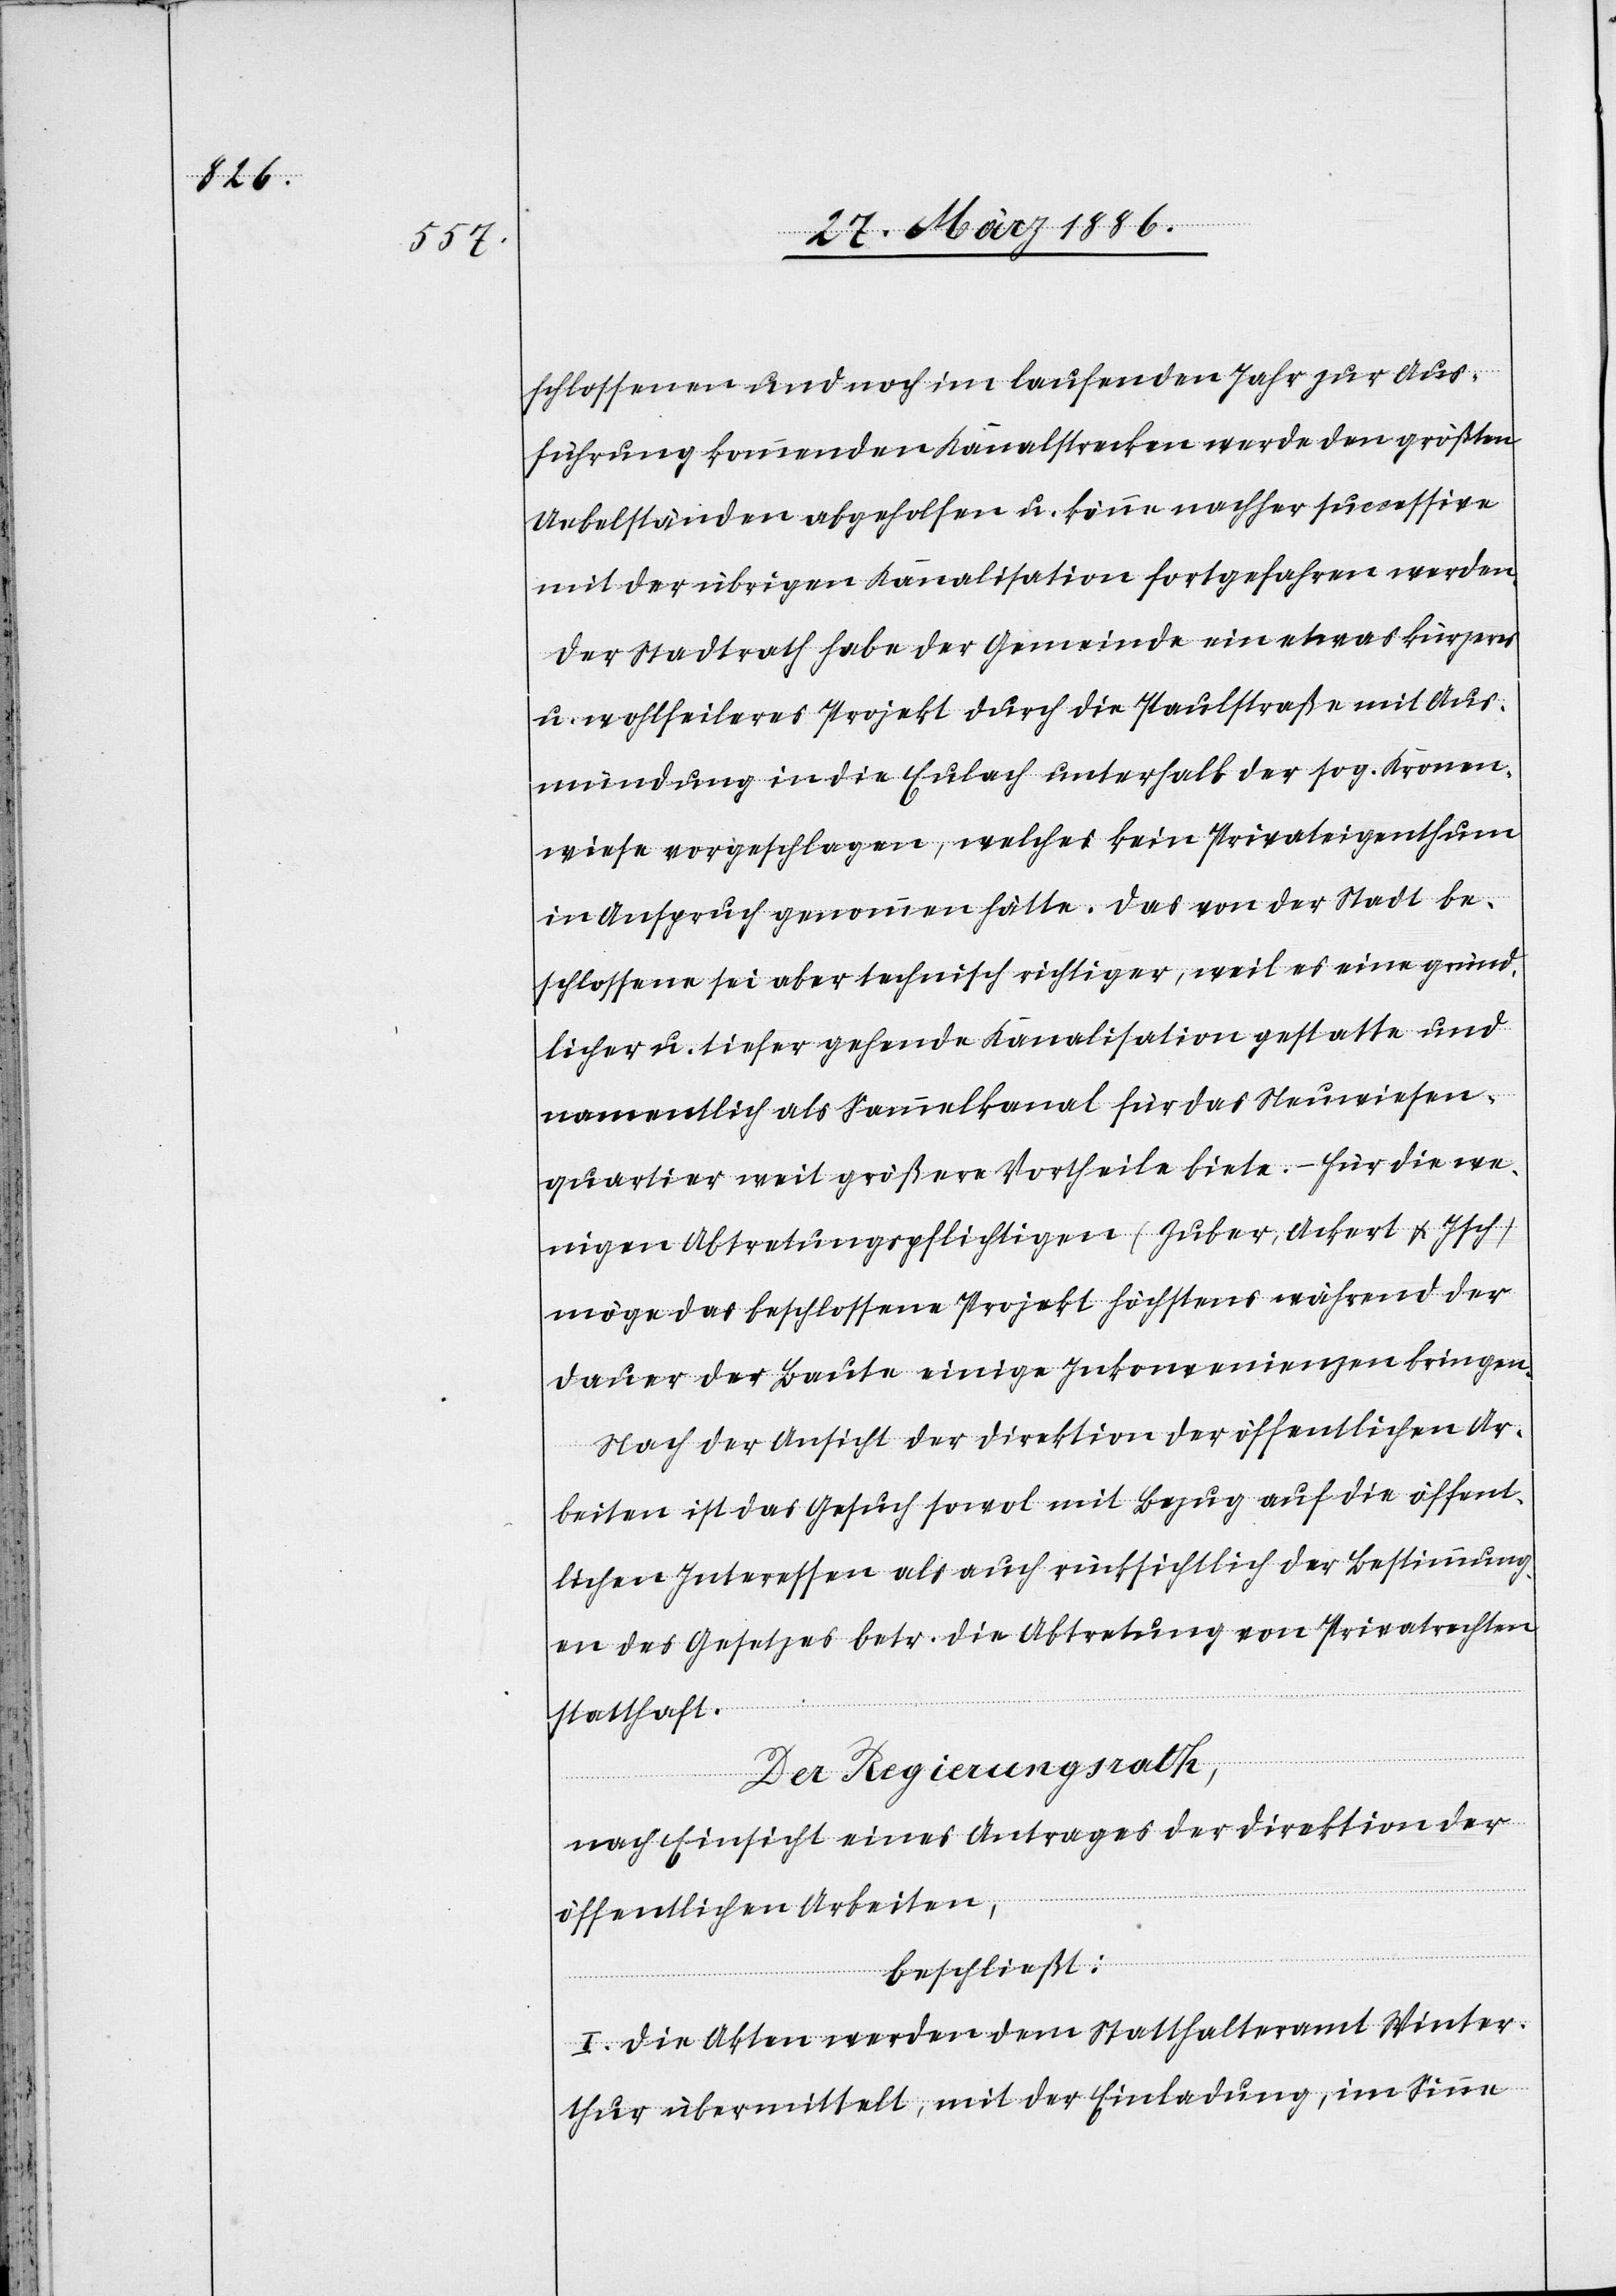
schlossenen und noch im laufenden Jahr zur Aus¬
führung kommenden Kanalstrecken werde dem größten
Uebelständen abgeholfen u. könne nachher successive
mit der übrigen Kanalisation fortgefahren werden.
Der Stadtrath habe der Gemeinde ein etwas kürzeres
u. wohlfeileres Projekt durch die Paulstraße mit Aus¬
mündung in die Eulach unterhalb der sog. Kronen¬
wiese vorgeschlagen, welches kein Privateigenthum
in Anspruch genommen hätte. Das von der Stadt be¬
schlossene sei aber technisch richtiger, weil es eine gründ¬
licher u. tiefer gehende Kanalisation gestatte und
namentlich als Sammelkanal für das Neuwiesen¬
quartier weit größere Vortheile biete. – Für die we¬
nigen Abtretungspflichtigen (Zuber, Ackert & Isch)
möge das beschlossene Projekt höchstens während der
Dauer der Baute einige Inkonvenienzen bringen.
Nach der Ansicht der Direktion der öffentlichen Ar¬
beiten ist das Gesuch sowol mit Bezug auf die öffent¬
lichen Interessen als auch rücksichtlich der Bestimmung¬
en des Gesetzes betr. die Abtretung von Privatrechten
statthaft.
Der Regierungsrath,
nach Einsicht eines Antrages der Direktion der
öffentlichen Arbeiten,
beschließt:
I. Die Akten werden dem Statthalteramt Winter¬
thur übermittelt, mit der Einladung, im Sinne